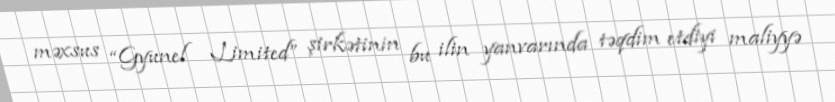
məxsus “Gyunel Limited” şirkətinin bu ilin yanvarında təqdim etdiyi maliyyə